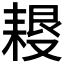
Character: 𦔀